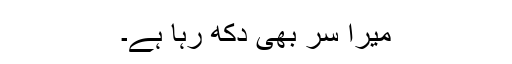
میرا سر بھی دکھ رہا ہے۔